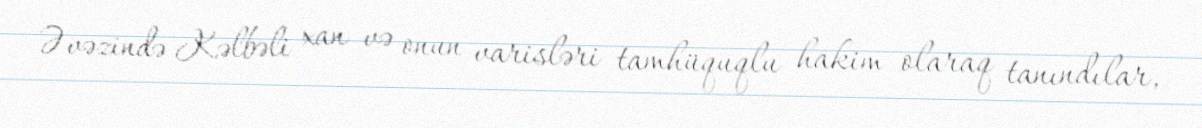
Əvəzində Kəlbəli xan və onun varisləri tamhüquqlu hakim olaraq tanındılar,